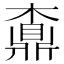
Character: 𪔇